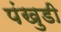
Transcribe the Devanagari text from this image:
पंखुडी